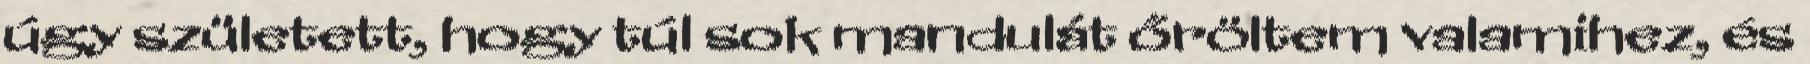
úgy született, hogy túl sok mandulát őröltem valamihez, és